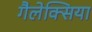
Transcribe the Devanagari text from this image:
गैलेक्सिया